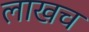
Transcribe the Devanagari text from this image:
लाखच